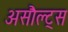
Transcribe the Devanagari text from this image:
असौल्ट्स